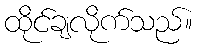
ထိုင်ချလိုက်သည်။